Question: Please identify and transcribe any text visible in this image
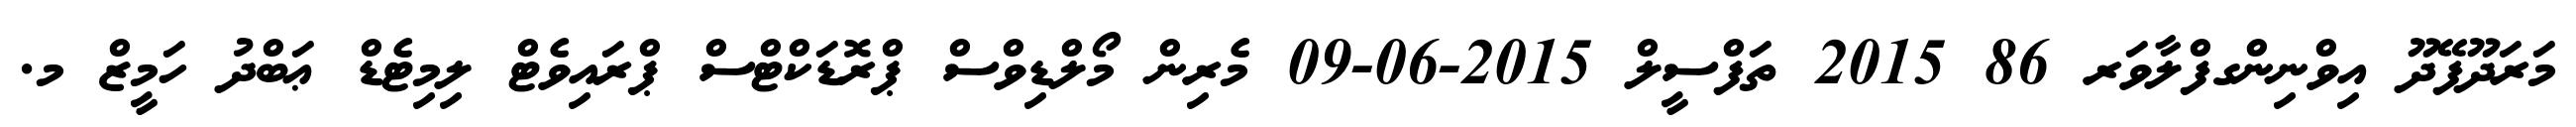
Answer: މަރަދޫފޭދޫ އިވްނިންގފްލާވަރ 86 2015 ތަފްސީލް 2015-06-09 މެރިން މޯލްޑިވްސް ޕްރޮޑަކްޓްސް ޕްރައިވެޓް ލިމިޓެޑް ޢަބްދު ހަމީޒް މ.